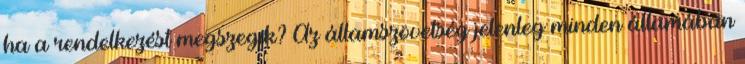
ha a rendelkezést megszegik? Az államszövetség jelenleg minden államában